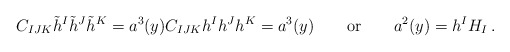
\begin{align*} C_{IJK}\tilde h^I \tilde h^J \tilde h^K = a^3 (y) C_{IJK} h^I h^J h^K = a^3 (y)\qquad \mbox{or}\qquad a^2(y)=h^IH_I\,.\end{align*}